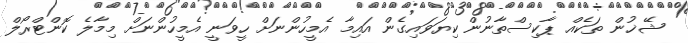
ޝޭޚުން ތަކެއް ޕާކިސްތާނުން ކިޔަވައިގެން އައިމާ އެމީހުންނަށް ހީވަނީ އެމީހުންނަށް މިމާލެ ކޮންޓްރޯލް